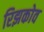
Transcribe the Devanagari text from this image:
रिझकोव